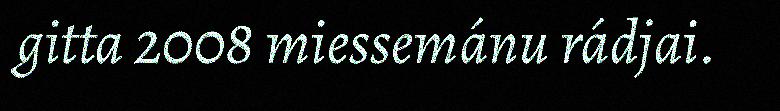
gitta 2008 miessemánu rádjai.